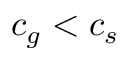
c _ { g } < c _ { s }